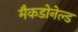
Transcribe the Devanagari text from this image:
मैकडोनेल्ड